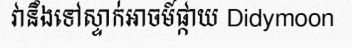
វានឹងទៅស្ទាក់អាចម៍ផ្កាយ Didymoon